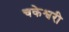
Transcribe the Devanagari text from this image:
चकेश्वरी